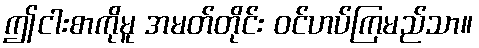
ဤငါးစာကိုမူ အမတ်တိုင်း ဝင်ဟပ်ကြမည်သာ။